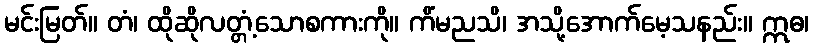
မင်းမြတ်။ တံ၊ ထိုဆိုလတ္တံ့သောစကားကို။ ကိံမညသိ၊ အသို့အောက်မေ့သနည်း။ ဣဓ၊